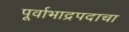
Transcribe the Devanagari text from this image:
पूर्वाभाद्रपदाचा